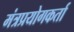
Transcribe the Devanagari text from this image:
मंत्रप्रयोगकर्ता